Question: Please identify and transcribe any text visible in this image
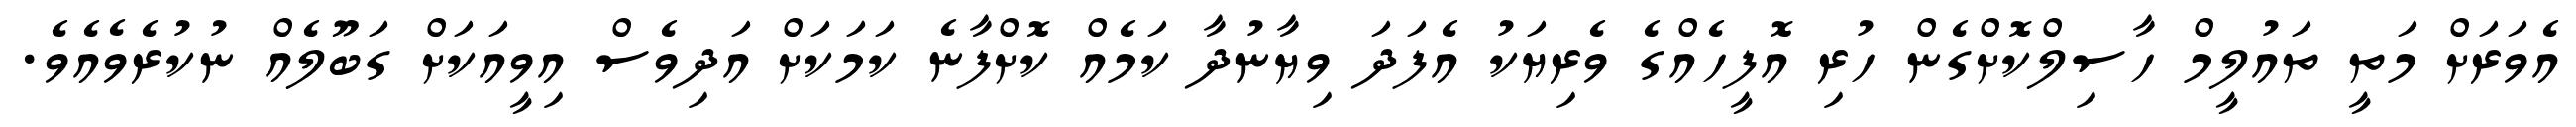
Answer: އެވަރަށް މަތީ ތައުލީމް ހާސިލްކޮށްގެން ހުރި އޮފީހެއްގެ ވެރިޔަކު އެފަދަ ވިޔާނުދާ ކަމެއް ކޮށްފާނެ ކަމަކަށް އަދިވެސް އިވީއަކަށް ގަބޫލެއް ނުކުރެވެއެވެ.